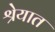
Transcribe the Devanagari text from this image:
श्रेयात